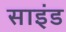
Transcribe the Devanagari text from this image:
साइंड